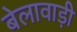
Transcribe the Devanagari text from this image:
बेलावाड़ी